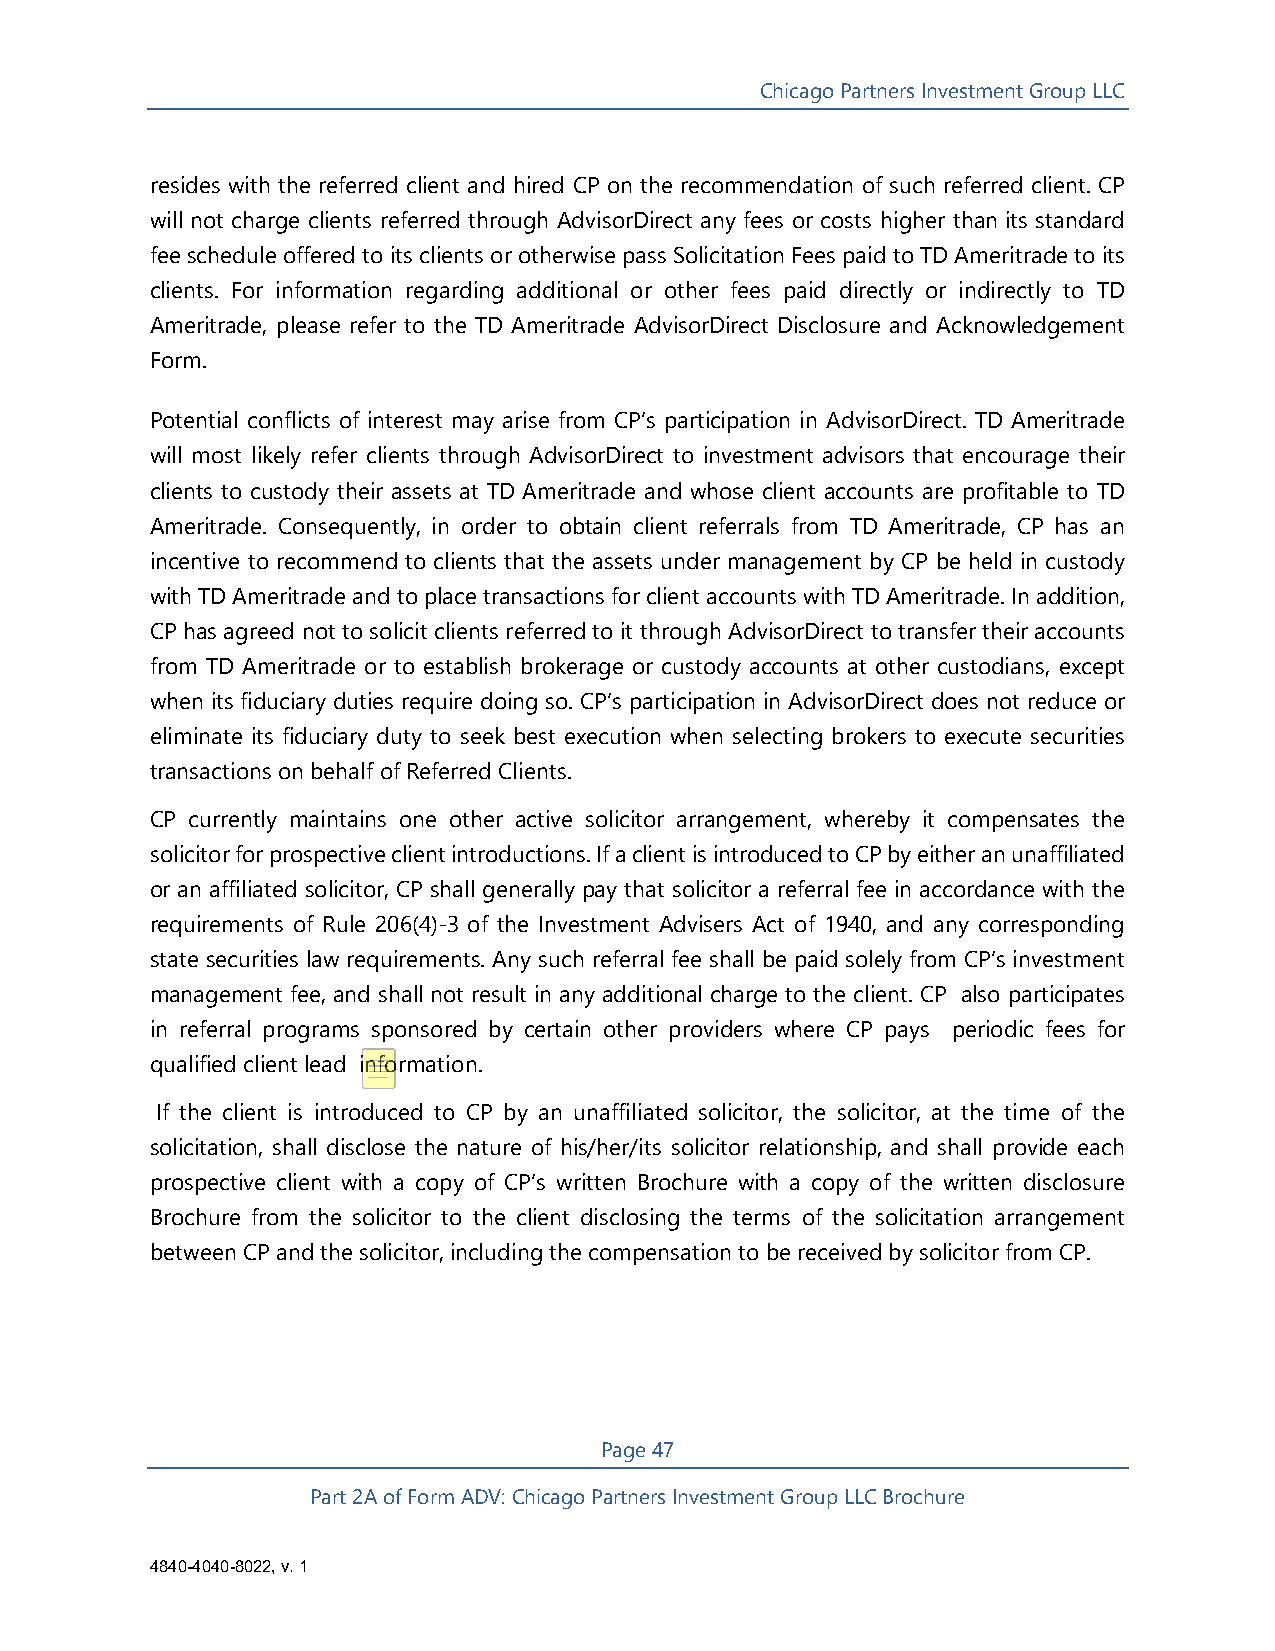
Chicago Partners Investment Group LLC
 resides with the referred client and hired CP on the recommendation of such referred client. CP
 will not charge clients referred through AdvisorDirect any fees or costs higher than its standard
 fee schedule offered to its clients or otherwise pass Solicitation Fees paid to TD Ameritrade to its
 clients. For information regarding additional or other fees paid directly or indirectly to TD
 Ameritrade, please refer to the TD Ameritrade AdvisorDirect Disclosure and Acknowledgement
 Form.
 Potential conflicts of interest may arise from CP’s participation in AdvisorDirect. TD Ameritrade
 will most likely refer clients through AdvisorDirect to investment advisors that encourage their
 clients to custody their assets at TD Ameritrade and whose client accounts are profitable to TD
 Ameritrade. Consequently, in order to obtain client referrals from TD Ameritrade, CP has an
 incentive to recommend to clients that the assets under management by CP be held in custody
 with TD Ameritrade and to place transactions for client accounts with TD Ameritrade. In addition,
 CP has agreed not to solicit clients referred to it through AdvisorDirect to transfer their accounts
 from TD Ameritrade or to establish brokerage or custody accounts at other custodians, except
 when its fiduciary duties require doing so. CP’s participation in AdvisorDirect does not reduce or
 eliminate its fiduciary duty to seek best execution when selecting brokers to execute securities
 transactions on behalf of Referred Clients.
 CP currently maintains one other active solicitor arrangement, whereby it compensates the
 solicitor for prospective client introductions. If a client is introduced to CP by either an unaffiliated
 or an affiliated solicitor, CP shall generally pay that solicitor a referral fee in accordance with the
 requirements of Rule 206(4)-3 of the Investment Advisers Act of 1940, and any corresponding
 state securities law requirements. Any such referral fee shall be paid solely from CP’s investment
 management fee, and shall not result in any additional charge to the client. CP also participates
 in referral programs sponsored by certain other providers where CP pays periodic fees for
 qualified client lead information.
 If the client is introduced to CP by an unaffiliated solicitor, the solicitor, at the time of the
 solicitation, shall disclose the nature of his/her/its solicitor relationship, and shall provide each
 prospective client with a copy of CP’s written Brochure with a copy of the written disclosure
 Brochure from the solicitor to the client disclosing the terms of the solicitation arrangement
 between CP and the solicitor, including the compensation to be received by solicitor from CP.
 Page 47
 Part 2A of Form ADV: Chicago Partners Investment Group LLC Brochure
 4840-4040-8022, v. 1